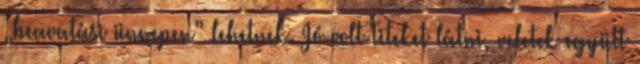
„beavatási ünnepen” lehetnek. Jó volt Titeket látni, veletek együtt